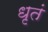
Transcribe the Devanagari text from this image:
धृतं